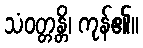
သံဝတ္တန္တိ၊ ကုန်၏။